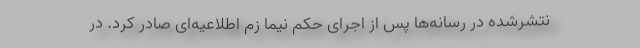
نتشرشده در رسانه‌ها پس از اجرای حکم نیما زم اطلاعیه‌ای صادر کرد. در